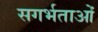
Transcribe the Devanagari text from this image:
सगर्भताओं